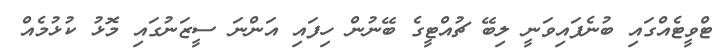
ޓްވީޓެއްގައި ބުނެފައިވަނީ ލިބޭ ޗުއްޓީގެ ބޭނުން ހިފައި އަންނަ ސީޒަނުގައި މޮޅު ކުޅުމެއް